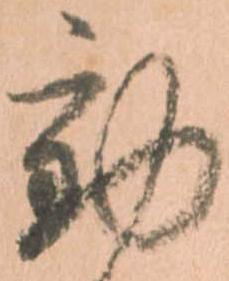
動